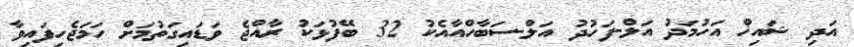
އަދި ޝައިޚް އަހުމަދު އަލް-ފަހުދު އަލް-ސަބާހްއާއެކު 32 ބޭފުޅަކު ރާއްޖެ ވަޑައިގަތުމަށް ހަމަޖެހިފައިވާ